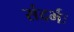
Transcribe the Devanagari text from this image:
संदर्भः